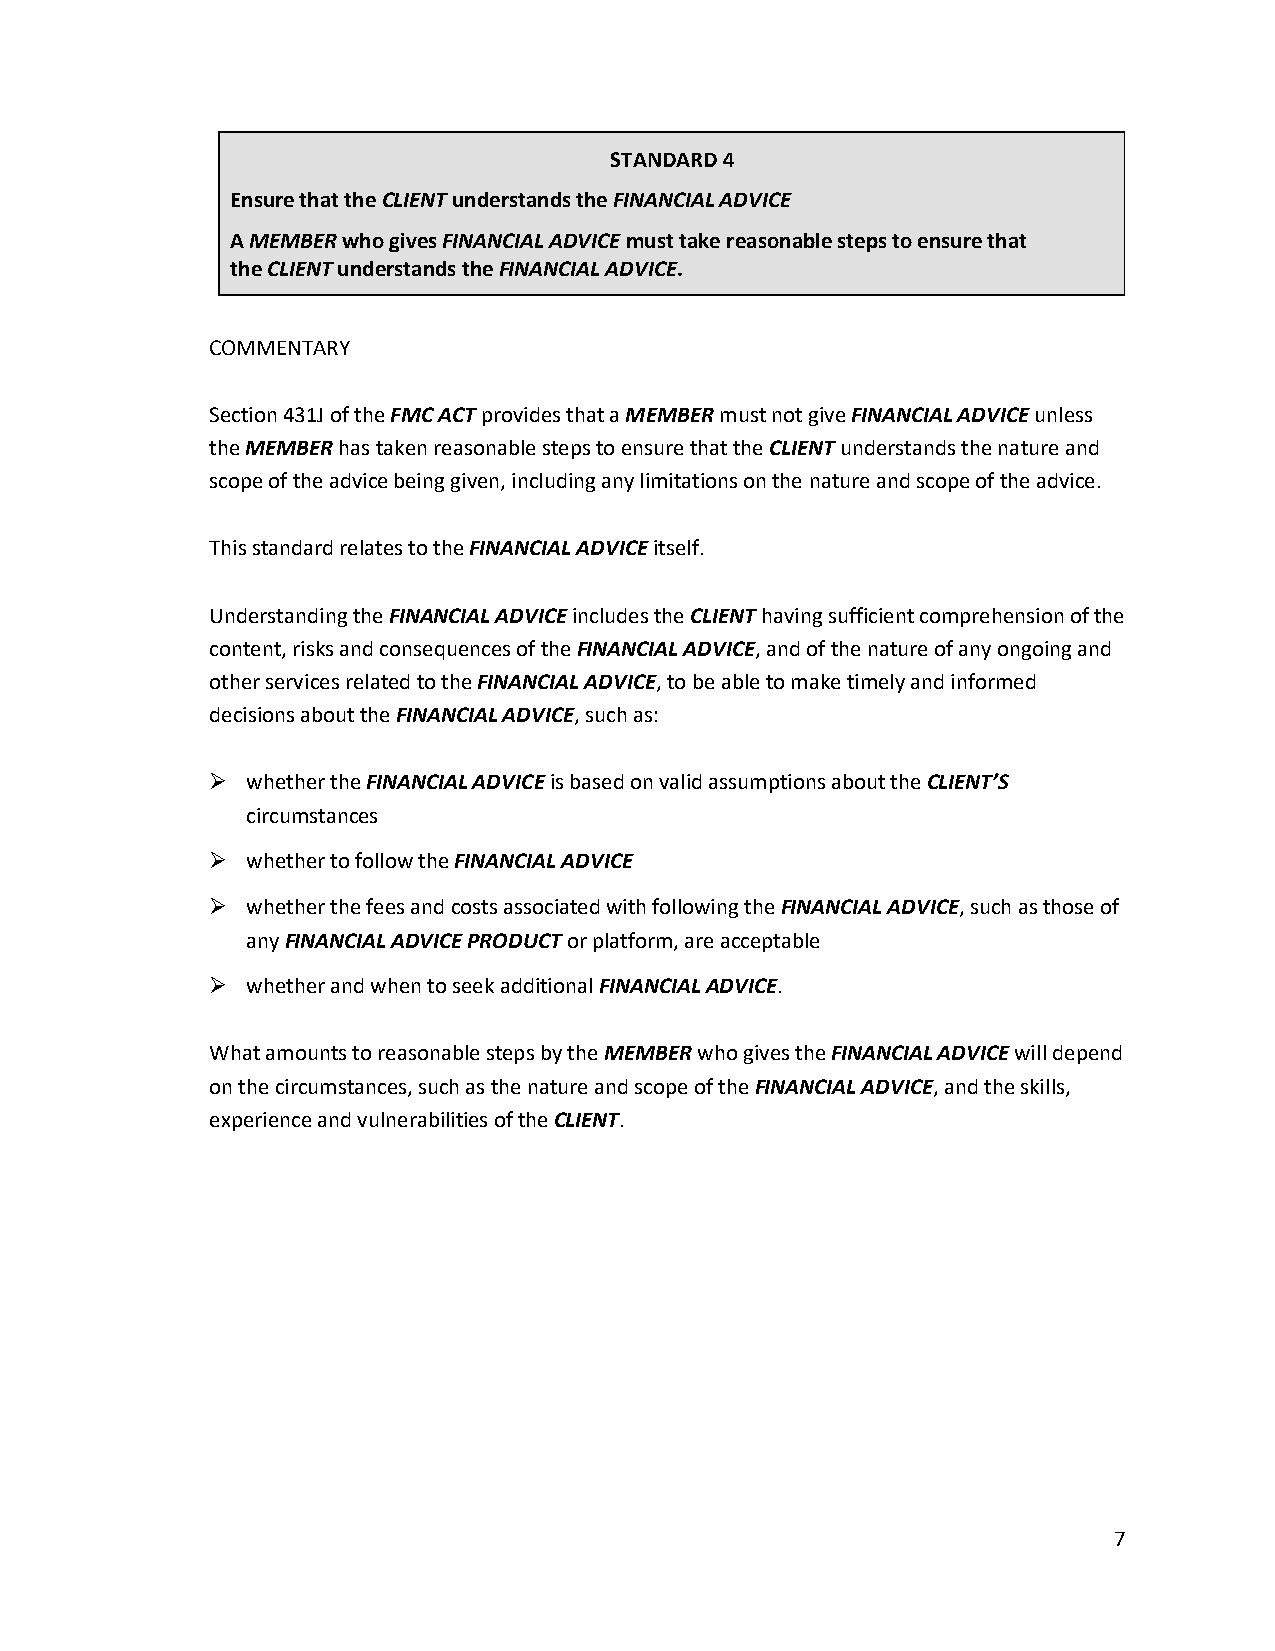
STANDARD 4
 Ensure that the CLIENT understands the FINANCIAL ADVICE
 A MEMBER who gives FINANCIAL ADVICE must take reasonable steps to ensure that
 the CLIENT understands the FINANCIAL ADVICE.
 COMMENTARY
 Section 431J of the FMC ACT provides that a MEMBER must not give FINANCIAL ADVICE unless
 the MEMBER has taken reasonable steps to ensure that the CLIENT understands the nature and
 scope of the advice being given, including any limitations on the nature and scope of the advice.
 This standard relates to the FINANCIAL ADVICE itself.
 Understanding the FINANCIAL ADVICE includes the CLIENT having sufficient comprehension of the
 content, risks and consequences of the FINANCIAL ADVICE, and of the nature of any ongoing and
 other services related to the FINANCIAL ADVICE, to be able to make timely and informed
 decisions about the FINANCIAL ADVICE, such as:
 ➢ whether the FINANCIAL ADVICE is based on valid assumptions about the CLIENT’S
 circumstances
 ➢ whether to follow the FINANCIAL ADVICE
 ➢ whether the fees and costs associated with following the FINANCIAL ADVICE, such as those of
 any FINANCIAL ADVICE PRODUCT or platform, are acceptable
 ➢ whether and when to seek additional FINANCIAL ADVICE.
 What amounts to reasonable steps by the MEMBER who gives the FINANCIAL ADVICE will depend
 on the circumstances, such as the nature and scope of the FINANCIAL ADVICE, and the skills,
 experience and vulnerabilities of the CLIENT.
 7